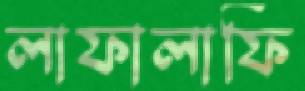
লাফালাফি